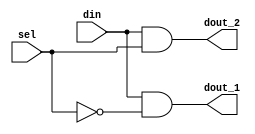
`timescale 1ns / 1ps



module 
 demux_1_to_2 
(
	input  din,
	input  [0:0] sel,
	output dout_1,
	output dout_2
);

	assign dout_1	= din & ( ~sel[0] );
	assign dout_2	= din & (  sel[0] );
	
endmodule